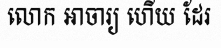
លោក អាចារ្យ ហើយ ដែរ